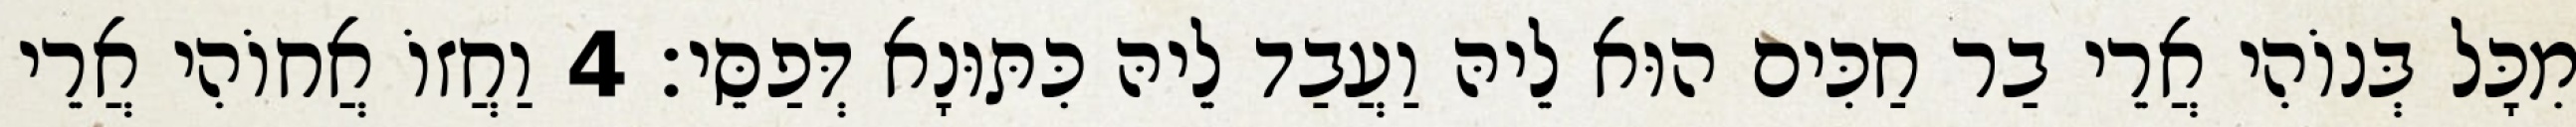
מִכָּל בְּנוֹהִי אֲרֵי בַר חַכִּים הוּא לֵיהּ וַעֲבַד לֵיהּ כִּתּוּנָא דְּפַסֵּי׃ 4 וַחֲזוֹ אֲחוֹהִי אֲרֵי